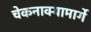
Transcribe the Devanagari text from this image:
चेकनाक्यामार्गे